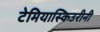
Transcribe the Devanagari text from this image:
टेमियास्किउरीनी